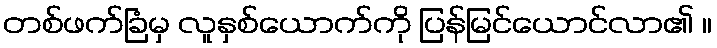
တစ်ဖက်ခြံမှ လူနှစ်ယောက်ကို ပြန်မြင်ယောင်လာ၏ ။